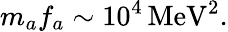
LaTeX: m_{a}f_{a}\sim 10^{4}\, \mathrm{MeV}^{2}.